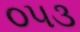
૦૫૩